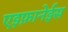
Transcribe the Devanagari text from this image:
एइफ़ानेईस